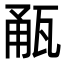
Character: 㼧